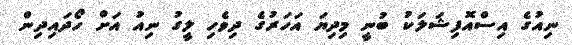
ނިއުގެ އިސްއޮފިޝަލަކު ބުނީ މިދިޔަ އަހަރުގެ ދިވެހި ލީގު ނިއު އަށް ހޯދައިދިން